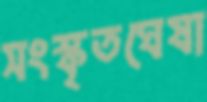
সংস্কৃতঘেষা